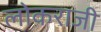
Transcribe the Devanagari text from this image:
लोकराजी